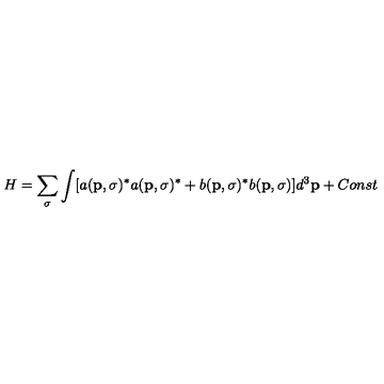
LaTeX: H = \sum _ { \sigma } \int [ a ( { \bf p } , \sigma ) ^ { * } a ( { \bf p } , \sigma ) ^ { * } + b ( { \bf p } , \sigma ) ^ { * } b ( { \bf p } , \sigma ) ] d ^ { 3 } { \bf p } + C o n s t